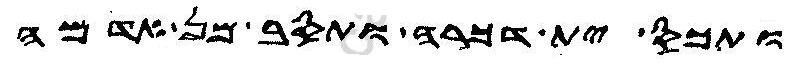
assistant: ותכס ית דכרה ותסב מן אדמה